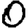
Digit: 0